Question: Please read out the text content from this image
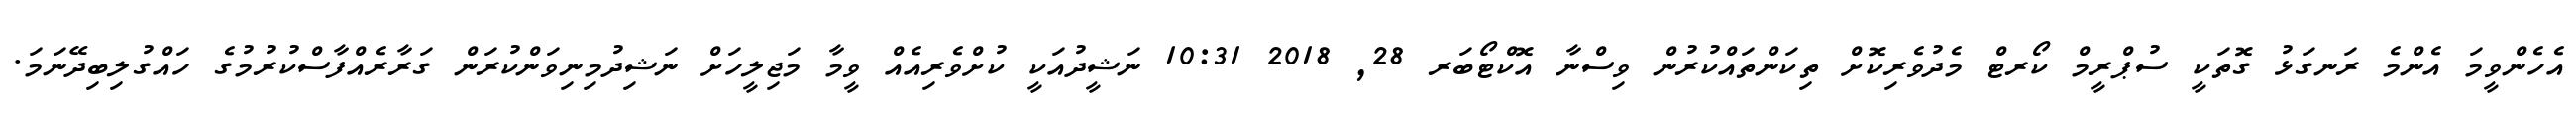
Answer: އެހެންވީމަ އެންމެ ރަނގަޅު ގޮތަކީ ސުޕްރީމް ކޯރޓް މެދުވެރިކޮށް ތިކަންތައްކުރުން ވިސްނާ އޮކްޓޯބަރ 28, 2018 10:31 ނަޝީދުއަކީ ކުށްވެރިއެއް ވީމާ މަޖިލީހަށް ނަޝިދުމިނިވަންކުރަން ގަރާރެއްފާސްކުރުމުގެ ހައްގުލިބިދޭނަމަ.